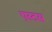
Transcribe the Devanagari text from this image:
एस्टस